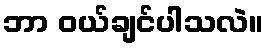
ဘာ ဝယ်ချင်ပါသလဲ။